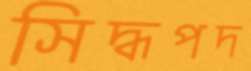
সিদ্ধপদ